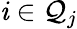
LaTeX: \mathit{i}\in\mathcal{{Q}}_{j}